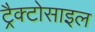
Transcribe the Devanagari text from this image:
ट्रैक्टोसाइल